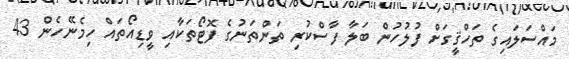
މައްސަލައިގެ ތަހްޤީގަށް ފުލުހުން ބަލާ ފާސްކުރި ތަންތަނުގެ ފޮޓޯތަކާއި ވީޑިއޯތައް ހިމެނޭހެން 43